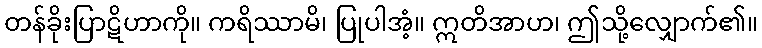
တန်ခိုးပြာဋိဟာကို။ ကရိဿာမိ၊ ပြုပါအံ့။ ဣတိအာဟ၊ ဤသို့လျှောက်၏။